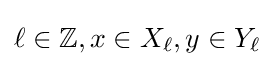
\ell \in \mathbb {Z} ,x\in X_{\ell },y\in Y_{\ell }